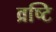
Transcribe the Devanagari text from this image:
व्रष्टि